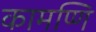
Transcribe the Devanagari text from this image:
कामप्णि